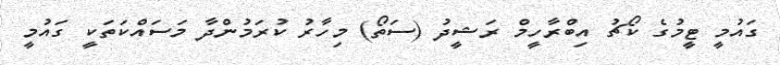
ގައުމީ ޓީމުގެ ކޯޗު އިބްރާހީމް ރަޝީދު (ސަތޯ) މިހާރު ކުރަމުންދާ މަސައްކަތަކީ ގައުމީ